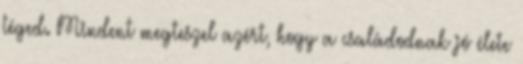
téged. Mindent megteszel azért, hogy a családodnak jó élete